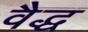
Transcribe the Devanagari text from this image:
वैद्ध